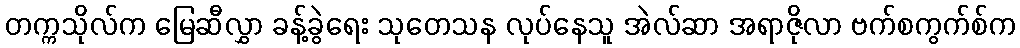
တက္ကသိုလ်က မြေဆီလွှာ ခန့်ခွဲရေး သုတေသန လုပ်နေသူ အဲလ်ဆာ အရာဇိုလာ ဗက်စကွက်စ်က